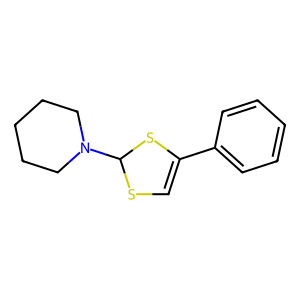
SMILES: C1=C(c2ccccc2)SC(N2CCCCC2)S1
Inhibits HIV replication: No